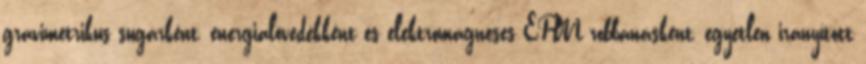
gravimetrikus sugárként, energialövedékként és elektromágneses EPM robbanásként, egyetlen irányított